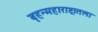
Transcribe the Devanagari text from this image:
बृहन्महाराष्ट्रातला